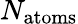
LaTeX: N_{\textrm{atoms}}